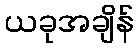
ယခုအချိန်